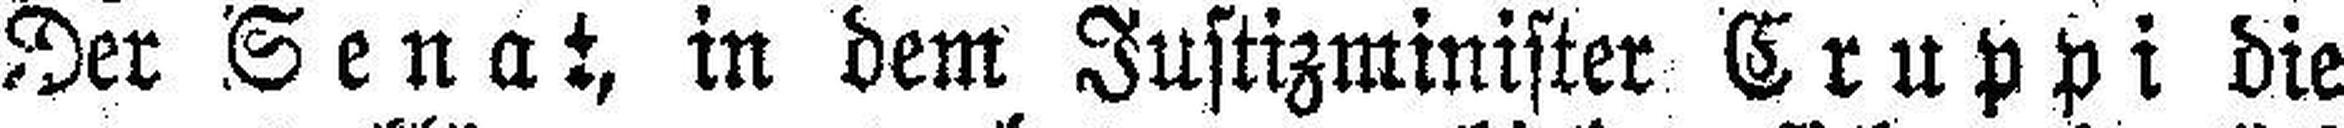
Der Senat, in dem Justizminister Cruppi die